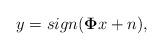
LaTeX: \begin{align*}y=sign(\mathbf{\Phi }x+n),\end{align*}